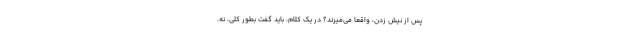
پس از نیش زدن، واقعاً می‌میرند؟ در یک کلام، باید گفت بطور کلی، نه.